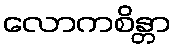
လောကစိန္တာ